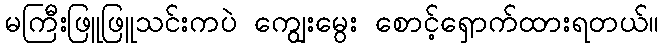
မကြီးဖြူဖြူသင်းကပဲ ကျွေးမွေး စောင့်ရှောက်ထားရတယ်။